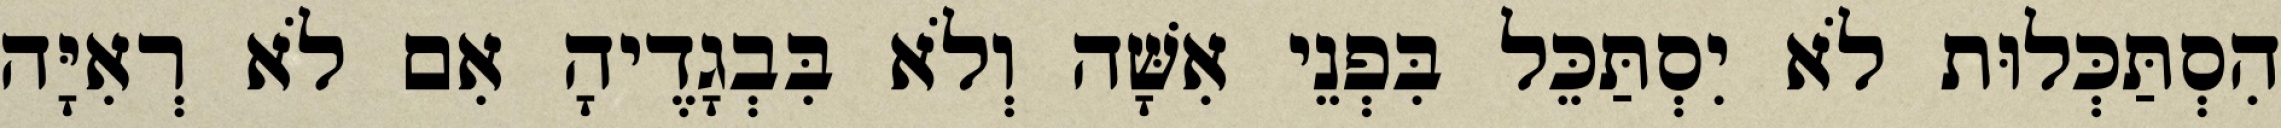
הִסְתַּכְּלוּת לֹא יִסְתַּכֵּל בִּפְנֵי אִשָּׁה וְלֹא בִּבְגָדֶיהָ אִם לֹא רְאִיָּה